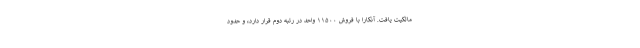
مالکیت یافت. آنکارا با فروش ۱۱۵۰۰ واحد در رتبه دوم قرار دارد، و حدود